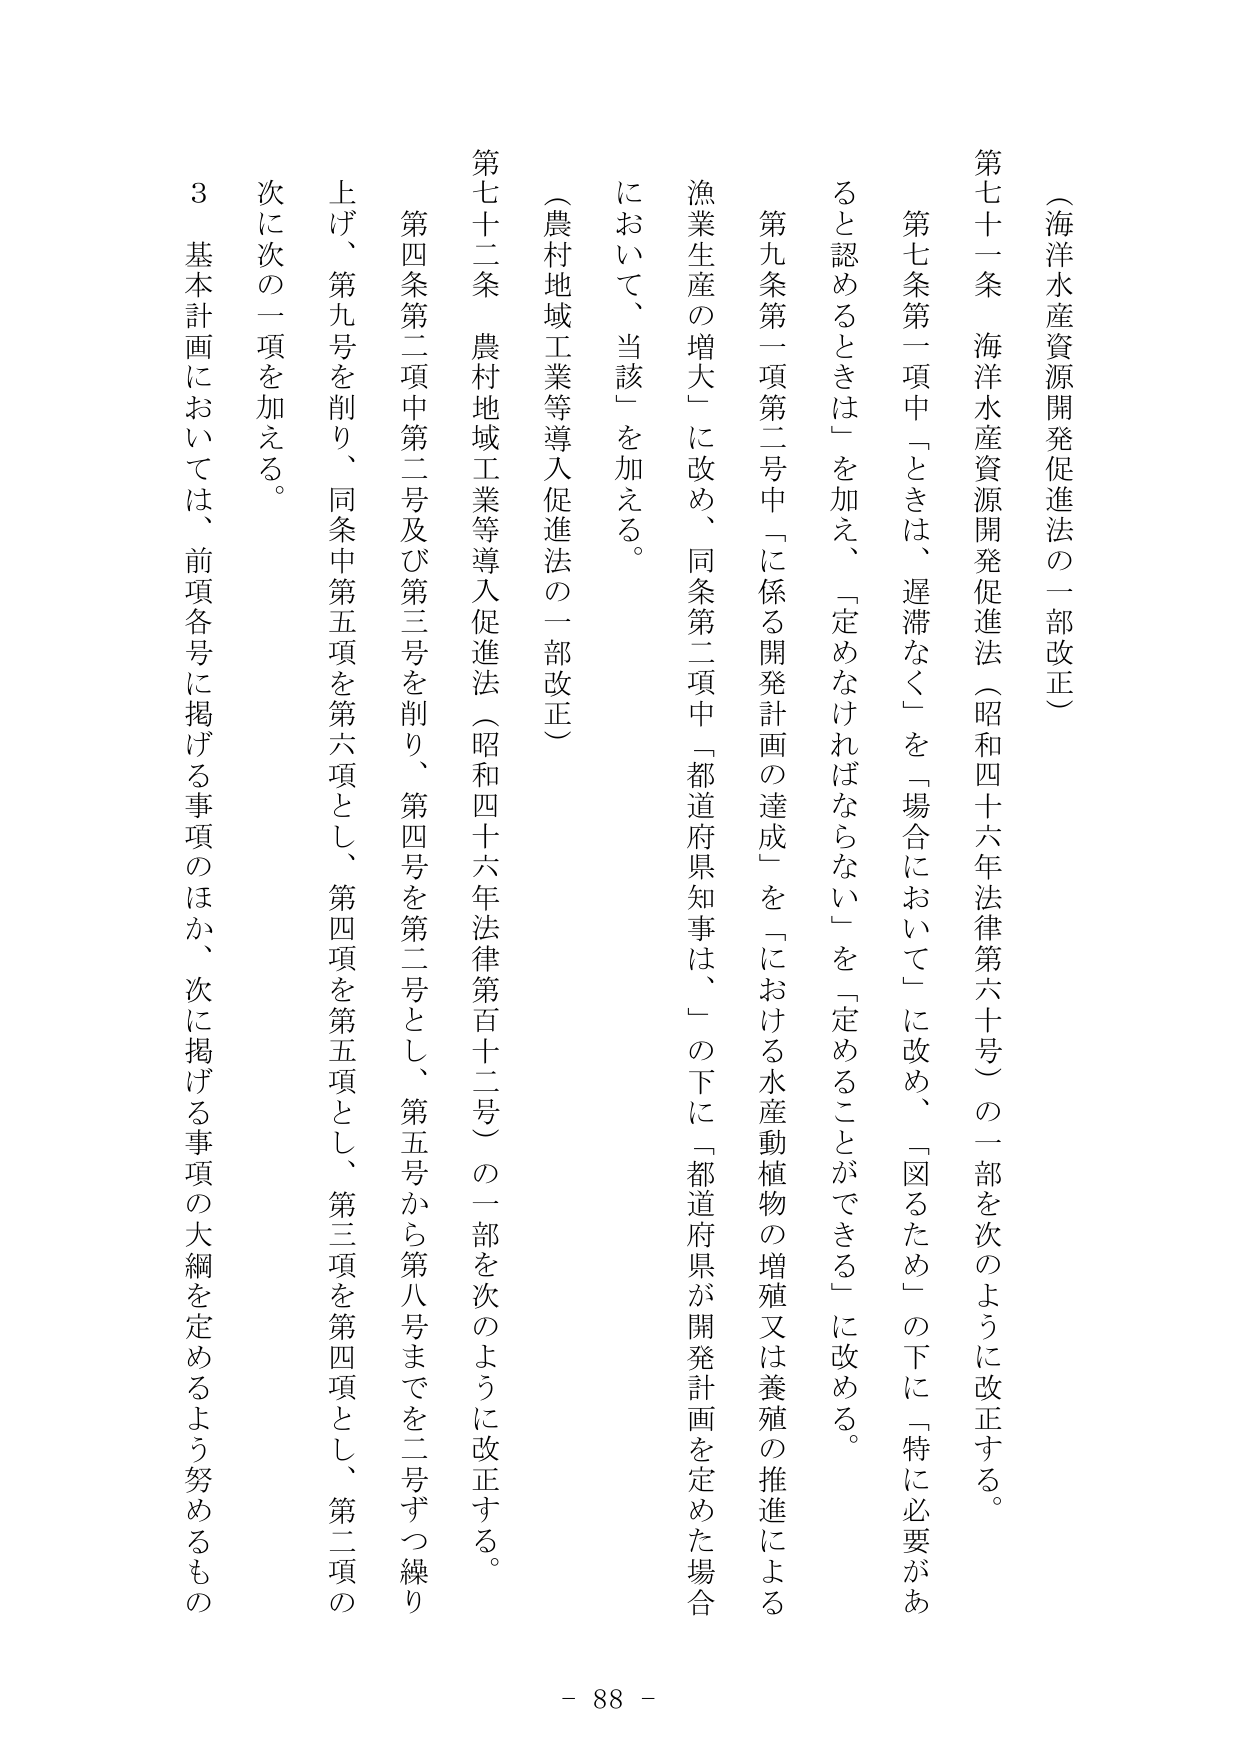
（海洋水産資源開発促進法の一部改正）

第七十一条　海洋水産資源開発促進法（昭和四十六年法律第六十号）の一部を次のように改正する。

第七条第一項中「ときは、遅滞なく」を「場合において」に改め、「図るため」の下に「特に必要があると認めるときは」を加え、「定めなければならない」を「定めることができる」に改める。

第九条第一項第二号中「に係る開発計画の達成」を「における水産動植物の増殖又は養殖の推進による漁業生産の増大」に改め、同条第二項中「都道府県知事は、」の下に「都道府県が開発計画を定めた場合において、当該」を加える。

（農村地域工業等導入促進法の一部改正）

第七十二条　農村地域工業等導入促進法（昭和四十六年法律第百十二号）の一部を次のように改正する。

第四条第二項中第二号及び第三号を削り、第四号を第二号とし、第五号から第八号までを二号ずつ繰り上げ、第九号を削り、同条中第五項を第六項とし、第四項を第五項とし、第三項を第四項とし、第二項の次に次の一項を加える。

　３　基本計画においては、前項各号に掲げる事項のほか、次に掲げる事項の大綱を定めるよう努めるもの

- 88 -